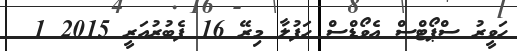
ހަވީރު ސްޕޯޓްސް އެވޯޑްސް ހަފުލާ މިރޭ 16 ފެބުރުއަރީ 2015 1